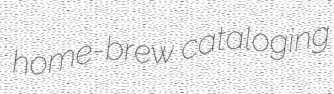
home-brew cataloging